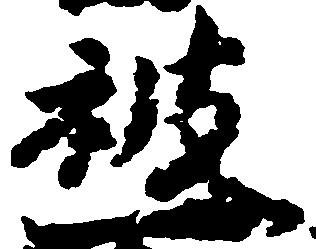
被